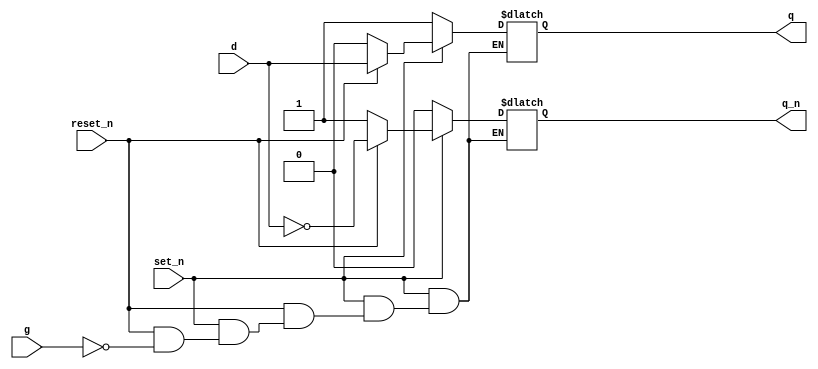
module D_latchsr(set_n,reset_n,d,g,q,q_n);//D ??
input set_n,reset_n,d,g;//input
output q, q_n;//output
reg q,q_n;//register
always@(set_n,reset_n,d,g,q,q_n)//when () change
begin
if(set_n==0) begin q=1; q_n=0; end//1??
else if(reset_n==0) begin q=0; q_n=1; end//2??
else if(g==0) begin q=q; q_n=q_n; end//3??
else begin q=d; q_n=!d; end//4??
end
endmodule